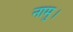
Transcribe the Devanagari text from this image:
नामु।